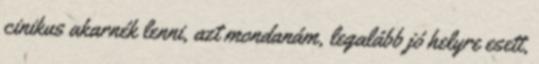
cinikus akarnék lenni, azt mondanám, legalább jó helyre esett,